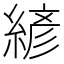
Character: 𰫮